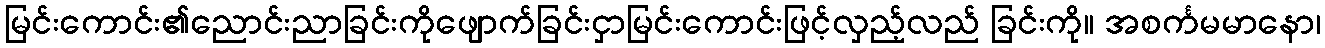
မြင်းကောင်း၏ညောင်းညာခြင်းကိုဖျောက်ခြင်းငှာမြင်းကောင်းဖြင့်လှည့်လည် ခြင်းကို။ အစင်္ကမမာနော၊